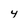
Character: 4